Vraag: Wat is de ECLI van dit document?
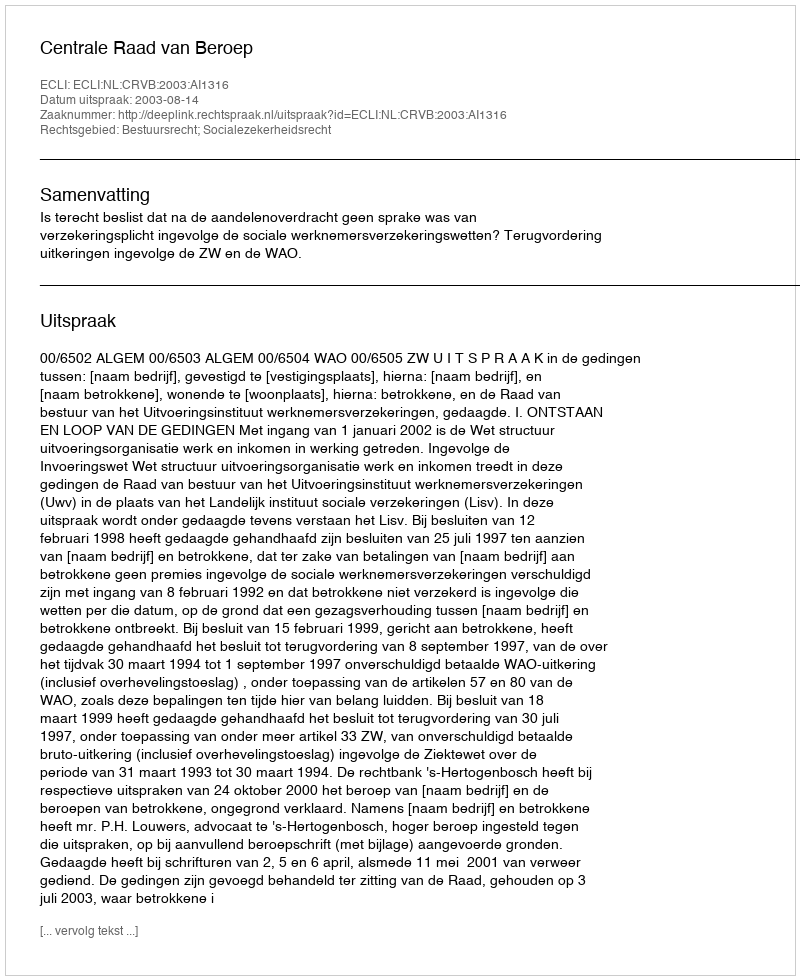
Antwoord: ECLI:NL:CRVB:2003:AI1316